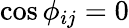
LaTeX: \cos\phi_{ij}=0